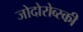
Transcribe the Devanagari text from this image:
जोदोरोव्स्की